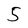
Character: 5